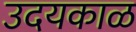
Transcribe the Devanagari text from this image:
उदयकाळ